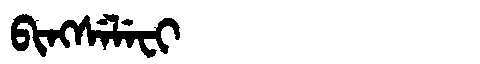
Manchu: ᠪᡳᠩᠰᡝᠯᡝᠸᡳ
Romanization: BINGSELEFI